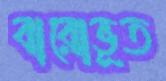
বারোভূত